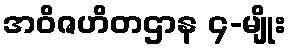
အဝိဇဟိတဌာန ၄-မျိုး